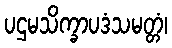
ပဌမသိက္ခာပဒံသမတ္တံ၊